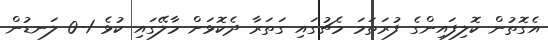
އެގޮތުން ކޮލިފައިންގެ ފުރަތަމަ މެޗުގައި ގަތަރާ ދެކޮޅަށް މާލޭގައި ކުޅެ 1-0 ލަނޑުން